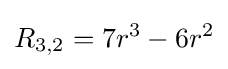
R_{3,2}=7r^{3}-6r^{2}